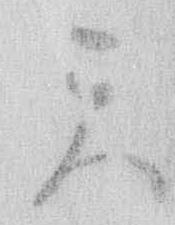
天